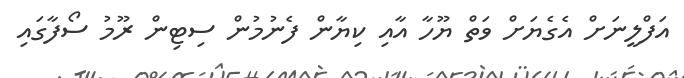
އަފްލީނަށް އެގެޔަށް ވަތް ޔޫހާ އާއި ކިޔާން ފެނުމުން ސިޓިން ރޫމު ސޯފާގައި